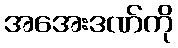
အအေးဒဏ်ကို